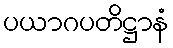
ပယာဂပတိဋ္ဌာနံ